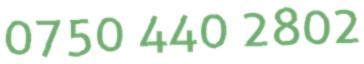
0750 440 2802